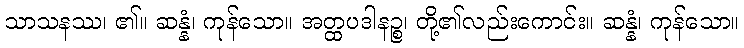
သာသနဿ၊ ၏။ ဆန္နံ၊ ကုန်သော။ အတ္ထပဒါနဉ္စ၊ တို့၏လည်းကောင်း။ ဆန္နံ၊ ကုန်သော။